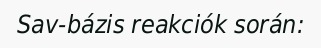
Sav-bázis reakciók során: